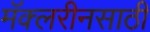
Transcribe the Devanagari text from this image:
मॅक्लरीनसाठी